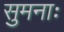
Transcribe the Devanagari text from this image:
सुमनाः